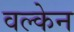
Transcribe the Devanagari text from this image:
वल्केन